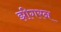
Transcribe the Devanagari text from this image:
झीगरन